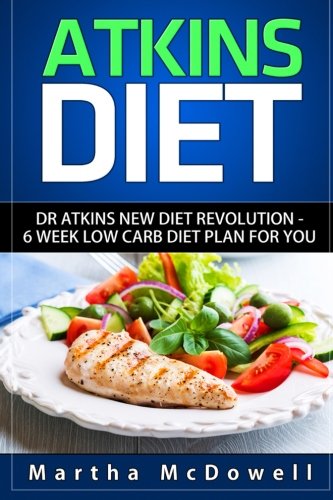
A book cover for Atkins Diet: Dr. Atkins New Diet Revolution - 6 Week Low Carb Diet Plan for You (Atkins Diet Book, Low Carb Cookbook, Atkins Diet Cookbook, High Protein Cookbook, New Atkins Diet); Martha McDowell; Health, Fitness & Dieting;